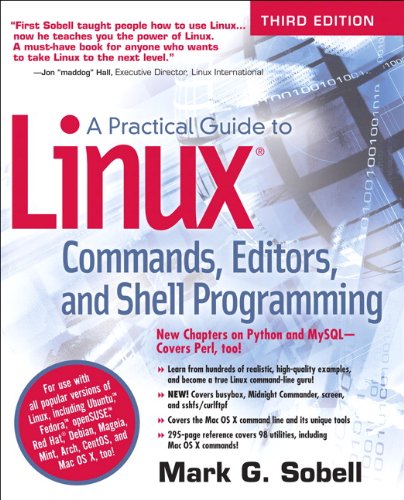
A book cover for A Practical Guide to Linux Commands, Editors, and Shell Programming (3rd Edition); Mark G. Sobell; Computers & Technology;